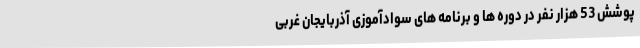
پوشش 53 هزار نفر در دوره ها و برنامه های سوادآموزی آذربایجان غربی